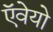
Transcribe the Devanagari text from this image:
ऍवेयो